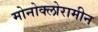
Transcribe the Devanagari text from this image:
मोनोक्लोरामीन